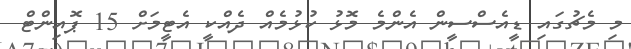
މި މެޗުގައި ޑީއެސްސީން އެންމެ މޮޅު ކުޅުމެއް ދެއްކީ އެޓީމަށް 15 ޕޮއިންޓް